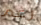
رغم